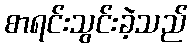
စာရင်းသွင်းခဲ့သည်